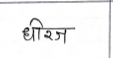
मजकूर: धीरज